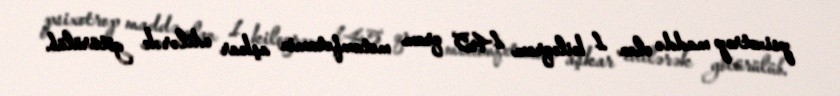
psixotrop maddə olan 1 kiloqram 145 qram metamfetamin aşkar edilərək götürülüb.